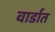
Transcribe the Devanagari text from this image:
वार्डात